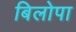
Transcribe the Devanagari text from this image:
बिलोपा